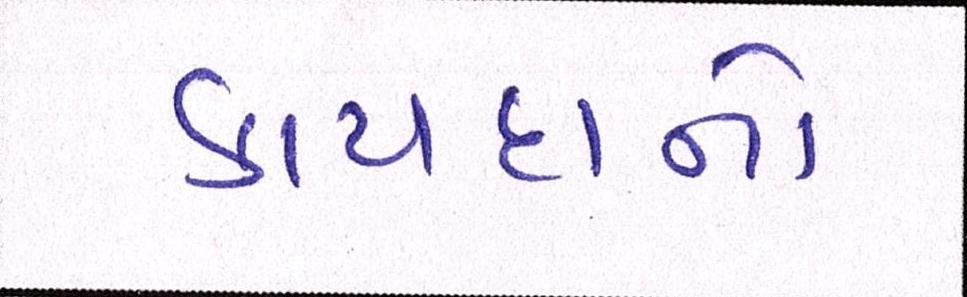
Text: કાયદાનો